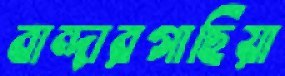
বান্দারগাছিয়া